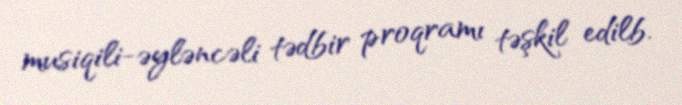
musiqili-əyləncəli tədbir proqramı təşkil edilb.